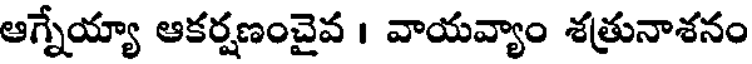
ఆగ్నేయ్యా ఆకర్షణంచైవ । వాయవ్యాం శత్రునాశనం